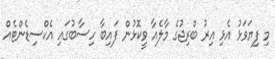
މި ފިޔަވަޅު އެޅި އިރު ބްރިޖުގެ މާލެއާ ވީކޮޅުން ފައިބާ ހިސާބުގައި އެކްސިޑެންޓެއް